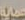
حماية